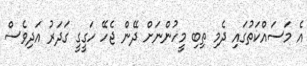
އެ މަސައްކަތުގައި ދެމި ތިބި މީހުންނަށް ދޭން ޖެހޭ ހަގީގީ ގަދަރު އަދިވެސް